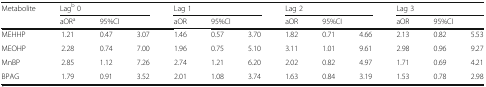
| <ROWSPAN=2> Metabolite | <COLSPAN=3> Lagb 0 | <COLSPAN=3> Lag 1 | <COLSPAN=3> Lag 2 | <COLSPAN=3> Lag 3 |
 | aORa | <COLSPAN=2> 95%CI | aOR | <COLSPAN=2> 95%CI | aOR | <COLSPAN=2> 95%CI | aOR | <COLSPAN=2> 95%CI |
 | --- | --- | --- | --- | --- | --- | --- | --- | --- | --- | --- | --- | --- |
 | MEHHP | 1.21 | 0.47 | 3.07 | 1.46 | 0.57 | 3.70 | 1.82 | 0.71 | 4.66 | 2.13 | 0.82 | 5.53 |
 | MEOHP | 2.28 | 0.74 | 7.00 | 1.96 | 0.75 | 5.10 | 3.11 | 1.01 | 9.61 | 2.98 | 0.96 | 9.27 |
 | MnBP | 2.85 | 1.12 | 7.26 | 2.74 | 1.21 | 6.20 | 2.02 | 0.82 | 4.97 | 1.71 | 0.69 | 4.21 |
 | BPAG | 1.79 | 0.91 | 3.52 | 2.01 | 1.08 | 3.74 | 1.63 | 0.84 | 3.19 | 1.53 | 0.78 | 2.98 |